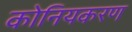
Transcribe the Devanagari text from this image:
कोनियकरण